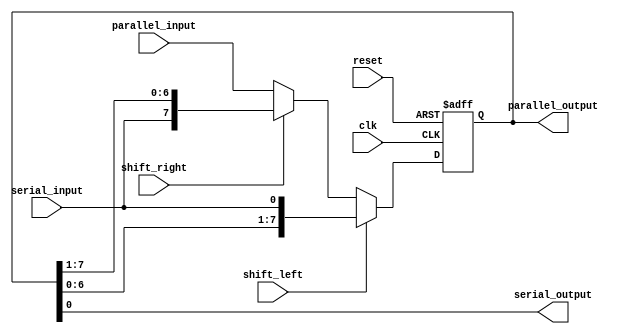
module shift_register(
    input clk,
    input reset,
    input shift_left,
    input shift_right,
    input serial_input,
    input [7:0] parallel_input,
    output reg serial_output,
    output reg [7:0] parallel_output
);

reg [7:0] data;

always @(posedge clk or posedge reset) begin
    if (reset) begin
        data <= 8'b0;
    end else begin
        if (shift_left) begin
            data <= {data[6:0], serial_input};
        end else if (shift_right) begin
            data <= {serial_input, data[7:1]};
        end else begin
            data <= parallel_input;
        end
    end
end

assign serial_output = data[0];
assign parallel_output = data;

endmodule